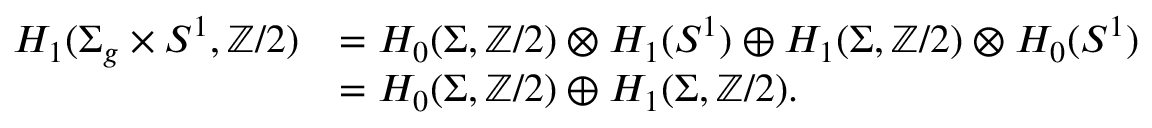
\begin{array} { r l } { H _ { 1 } ( \Sigma _ { g } \times S ^ { 1 } , \mathbb { Z } / 2 ) } & { = H _ { 0 } ( \Sigma , \mathbb { Z } / 2 ) \otimes H _ { 1 } ( S ^ { 1 } ) \oplus H _ { 1 } ( \Sigma , \mathbb { Z } / 2 ) \otimes H _ { 0 } ( S ^ { 1 } ) } \\ & { = H _ { 0 } ( \Sigma , \mathbb { Z } / 2 ) \oplus H _ { 1 } ( \Sigma , \mathbb { Z } / 2 ) . } \end{array}